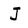
Character: J